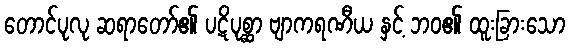
တောင်ပုလု ဆရာတော်၏ ပဋိပုစ္ဆာ ဗျာကရဏီယ နှင့် ဘဝ၏ ထူးခြားသော